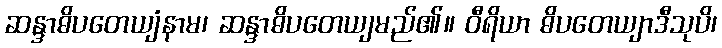
ဆန္ဒာဓိပတေယျံနာမ၊ ဆန္ဒာဓိပတေယျမည်၏။ ဝီရိယာ ဓိပတေယျာဒီသုပိ၊